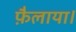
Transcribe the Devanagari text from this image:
फ़ैलाया।